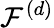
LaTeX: \mathcal{F}^{(d)}